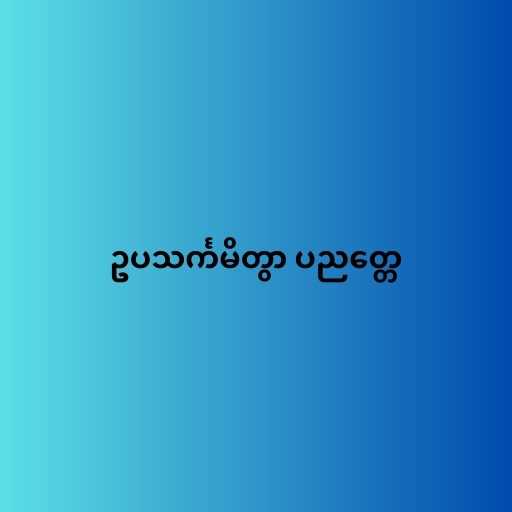
ဥပသင်္ကမိတွာ ပညတ္တေ